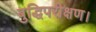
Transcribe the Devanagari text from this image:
बुद्धिपरीक्षण।